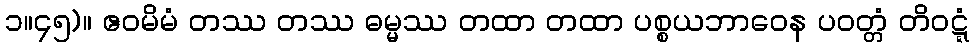
၁။၄၅)။ ဧဝမိမံ တဿ တဿ ဓမ္မဿ တထာ တထာ ပစ္စယဘာဝေန ပဝတ္တံ တိဝဋ္ဋံ